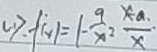
( 1 ) . f ( x ) = 1 - \frac { 9 } { x } = \frac { x - a } { x }